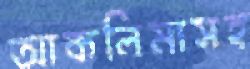
আকলিমাসহ